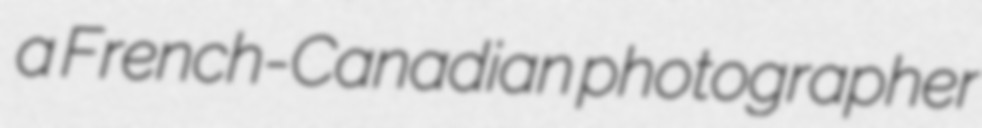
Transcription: a French-Canadian photographer